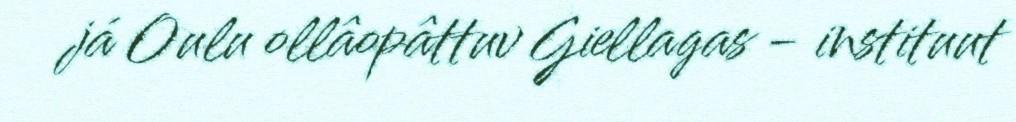
já Oulu ollâopâttuv Giellagas - instituut